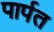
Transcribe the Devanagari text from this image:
पार्पत